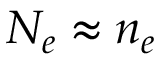
N _ { e } \approx n _ { e }